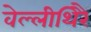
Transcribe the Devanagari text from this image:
वेल्लीथिरै